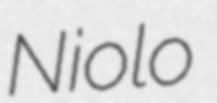
Niolo